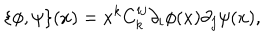
LaTeX: \{ \phi , \psi \} ( x ) = x ^ { k } C _ { k } ^ { i j } \partial _ { i } \phi ( x ) \partial _ { j } \psi ( x ) ,